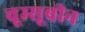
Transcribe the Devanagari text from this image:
चूम्सूबीन